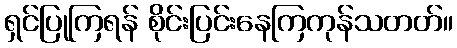
ရှင်ပြုကြရန် စိုင်းပြင်းနေကြကုန်သတတ်။